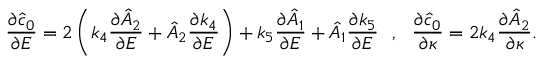
\frac { \partial \hat { c } _ { 0 } } { \partial E } = 2 \left( k _ { 4 } \frac { \partial \hat { A } _ { 2 } } { \partial E } + \hat { A } _ { 2 } \frac { \partial k _ { 4 } } { \partial E } \right) + k _ { 5 } \frac { \partial \hat { A } _ { 1 } } { \partial E } + \hat { A } _ { 1 } \frac { \partial k _ { 5 } } { \partial E } ~ ~ , ~ ~ \frac { \partial \hat { c } _ { 0 } } { \partial \kappa } = 2 k _ { 4 } \frac { \partial \hat { A } _ { 2 } } { \partial \kappa } .